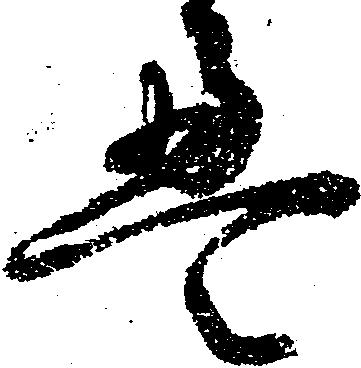
畳